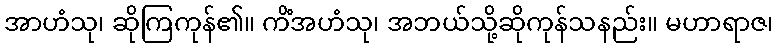
အာဟံသု၊ ဆိုကြကုန်၏။ ကိံအဟံသု၊ အဘယ်သို့ဆိုကုန်သနည်း။ မဟာရာဇ၊